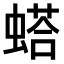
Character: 𫋓